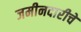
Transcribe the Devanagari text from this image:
जमीनदारीचे